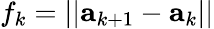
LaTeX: f_{k}=||{\mathbf a}_{k+1}-{\mathbf a}_{k}||